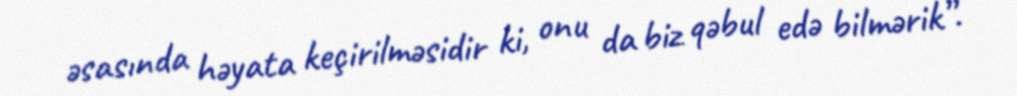
əsasında həyata keçirilməsidir ki, onu da biz qəbul edə bilmərik”.